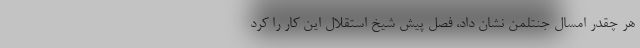
هر چقدر امسال جنتلمن نشان داد، فصل پیش شیخ استقلال این کار را کرد